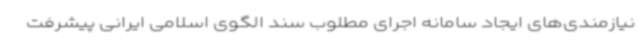
نیازمندی‌های ایجاد سامانه اجرای مطلوب سند الگوی اسلامی ایرانی پیشرفت